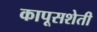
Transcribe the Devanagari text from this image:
कापूसशेती